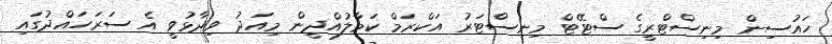
ހައުސިން މިނިސްޓްރީގެ ސްޓޭޓް މިނިސްޓަރު އަކްރަމް ކަމާލުއްދީން މިއަދު ވިދާޅުވީ އެ ސަރަހައްދުގައި